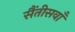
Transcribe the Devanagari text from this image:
सैंतीसवाँ